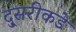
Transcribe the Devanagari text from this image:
दु्सरीकडे